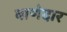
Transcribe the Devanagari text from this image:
बाणेदार